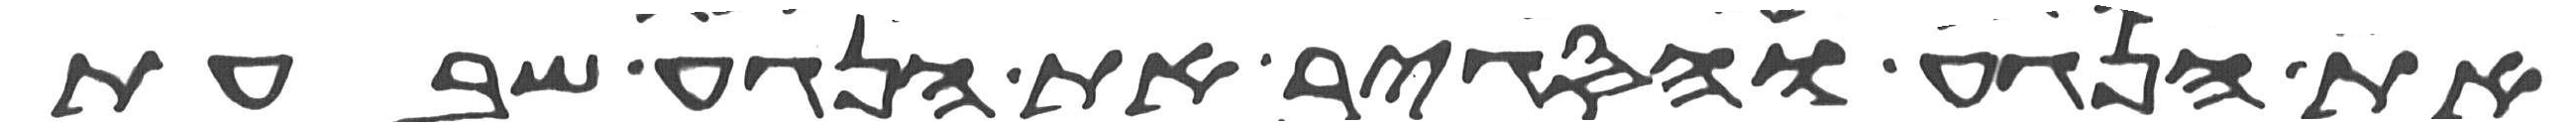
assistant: את הנגע והסגיר את הנגע שבעת